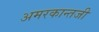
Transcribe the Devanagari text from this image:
अमरकान्तजी